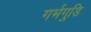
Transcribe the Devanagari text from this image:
गर्भगुडि